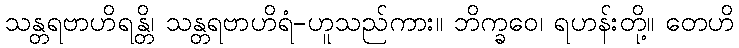
သန္တရဗာဟိရန္တိ၊ သန္တရဗာဟိရံ-ဟူသည်ကား။ ဘိက္ခဝေ၊ ရဟန်းတို့။ တေဟိ